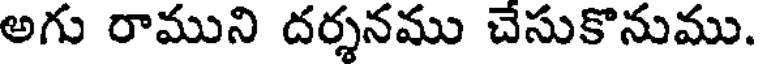
అగు రాముని దర్శనము చేసుకొనుము.